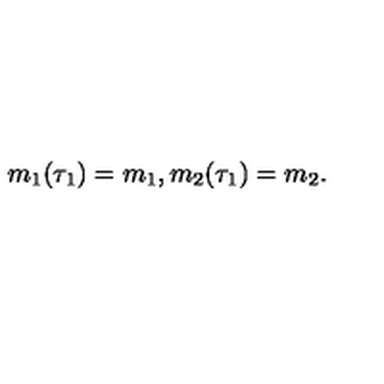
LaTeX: m _ { 1 } ( \tau _ { 1 } ) = m _ { 1 } , m _ { 2 } ( \tau _ { 1 } ) = m _ { 2 } .